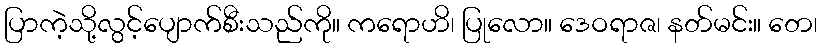
ပြာကဲ့သို့လွင့်ပျောက်စီးသည်ကို။ ကရောဟိ၊ ပြုလော။ ဒေဝရာဇ၊ နတ်မင်း။ တေ၊